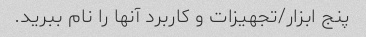
پنج ابزار/تجهیزات و کاربرد آنها را نام ببرید.